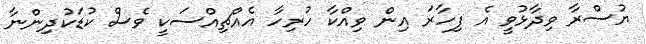
ޔުސްރާ ވިދާޅުވީ އެ ފިހާރަ އިން ވިއްކާ ހުރިހާ އެއްޗިއްސަކީ ވެސް ކުޑަކުދިންނާ